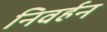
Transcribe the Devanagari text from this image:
निवर्हन